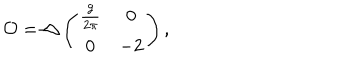
LaTeX: { \cal O } = \triangle \left( \begin{array} { c c } { { \frac { g } { 2 \pi } } } & { { 0 } } \\ { { 0 } } & { { - 2 } } \\ \end{array} \right) ,